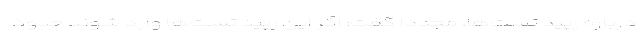
درباره رپید تست‌ها، مجددا گفت: اگر این رپید تست‌ها وارد شوند حدود